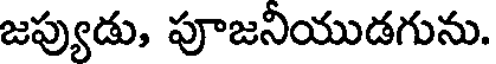
జప్యుడు, పూజనీయుడగును.